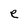
Character: e